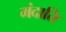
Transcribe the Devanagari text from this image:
मंदाति